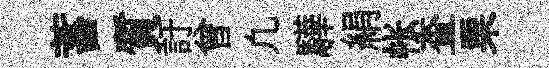
蓄質訏曾凢驊絹帐查栗